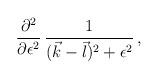
LaTeX: \begin{align*}{\partial^2 \over \partial \epsilon^2} \, {1 \over ({\vec k} - {\vec l})^2 + \epsilon^2} \, ,\end{align*}